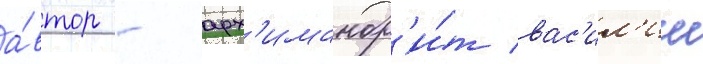
а́втор - арх'имандр'и́т вас'ил'ии